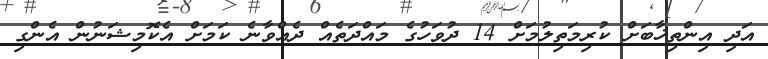
އަދި އިންތިޚާބަށް ކުރިމަތިލުމަށް 14 ދުވަހުގެ މައްދަތެއް ދެއްވާނެ ކަމަށް އެކޮމިޝަނުން އެންގި